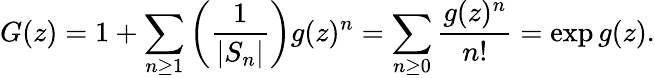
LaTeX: G(z)=1+\sum_{n\geq 1}\left({\frac{1}{|S_{n}|}}\right)g(z)^{n}=\sum_{n\geq 0}{\frac{g(z)^{n}}{n!}}=\exp g(z).